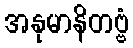
အနုမာနိတဗ္ဗံ